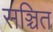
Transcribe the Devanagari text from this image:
सञ्चित